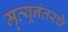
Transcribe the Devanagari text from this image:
मृत्यूनंतरचे